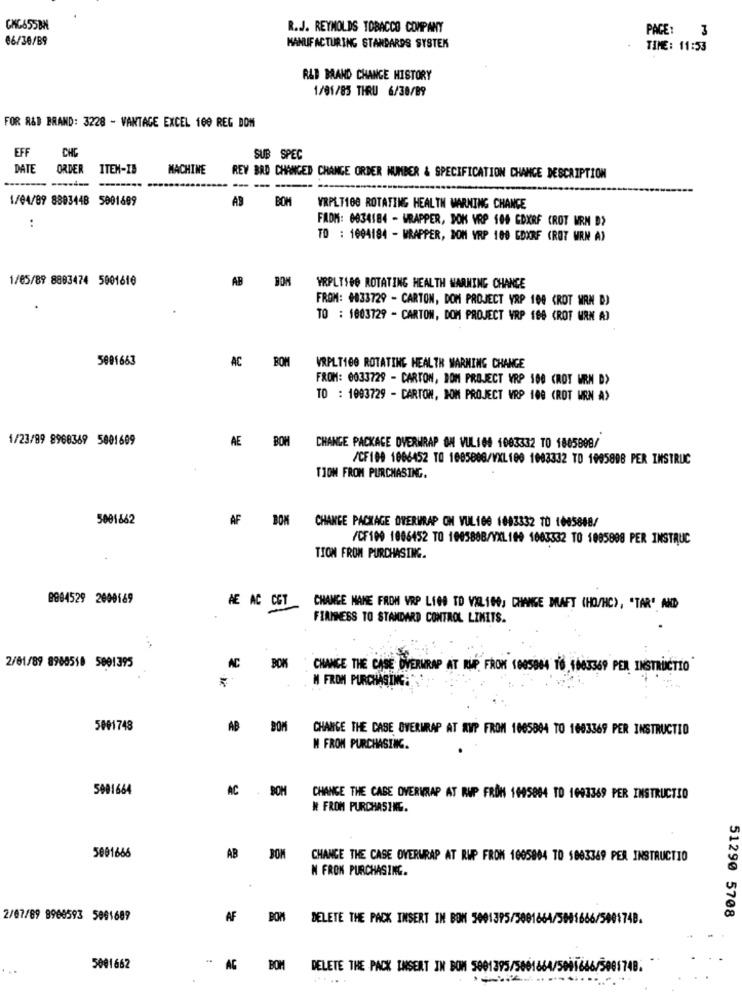
R.J. REYNOLDS TOBACCO COMPANY
PAGE: 3
06/30/B9
MANUFACTURING STANDARDS SYSTEM
TIME: 11:53
R&B MAND CHANGE HISTORY
1/01/85 THRU 6/38/89
FOR R&D BRAND: 3228 - VANTAGE EXCEL 100 REG DOM
EFF
CHE
SUB SPEC
DATE ORDER
ITEM-IB
MACHINE
REY BAD CHANGED CHANGE ORDER NUMBER & SPECIFICATION CHANCE DESCRIPTION
---
1/04/09 8803448 5001699
AB BOM
VRPLT100 ROTATING HEALTH WARNING CHANCE
FADH: 0834184 - WRAPPER, DOK YAP 104 CDXRF CROT WRM D>
:
TO : 1604184 - WRAPPER, BOM YRP 100 EDXRF (ROT WRN A)
1/05/89 8893474 5001610
AB
BOM
YRPLTSB0 ROTATING HEALTH WARNING CHANGE
FROM: #833729 - CARTON, DOM PROJECT YRP 100 (ROT MAN D)
TO : 1803729 - CARTON, DOM PROJECT VRP 198 (ROT MAN A)
5001663
AC BOM
VRPLT100 ROTATING HEALTH WARNING CHANGE
FROM: 0033729 - CARTON, BOM PROJECT VRP 100 (ROT URN D>
TO : 1093729 - CARTON, POM PROJECT VRP 100 (ROT MAN A)
1/23/89 8968369 5001609
AE BOM
CHANGE PACKAGE OVERWRAP ON VUL:04 1003332 TO 1805808/
/CF100 1066452 TO 1085808/VXL100 1003332 TO 1095808 PER INSTRUC
TIOM FROM PURCHASING.
5001862
AF BON
CHANCE PACKAGE OVERWRAP ON VUL100 1083332 TO 1005888/
/CF100 1006452 TO 100588B/YXL100 1063332 TO 1085808 PER INSTRUC
TION FROM PURCHASING.
0894529 2000169
AE AC CET CHANGE NAME FROM VRP LIGS TO VXL100; CHANGE MAFT (HO/HC), "TAR' AND
FIRMNESS TO STANDARD CONTROL LIMITS.
2/01/89 8960510 5801395
AC
CHANCE THE CASE OVERWRAP AT RUP, FROM 1005964 TS, 1003369 PER INSTRUCTIO'
M FROM PURCHASING ...
5001748
AB BOM
CHANGE THE CASE OVERWRAP AT AVP FROM 1065804 TO 1003369 PER INSTRUCTIO
M FROM PURCHASING.
5001664
C- BOM
CHANGE THE CASE OVERVRAP AT RUP FRON 1095894 TD 1093369 PER INSTRUCTSO
# FROM PURCHASING.
5001666
AB BOM
CHANGE THE CASE OVERWRAP AT RUP FROM 1005004 TO 5003369 PER INSTRUCTIO
N FROK PURCHASING.
2/07/89 8966593 5091689
AF
BOM
DELETE THE PACK INSERT IN BON 5001395/5001664/5
51290 5708
5001662
** AC
BOM
DELETE THE PACK INSERT IN BOM 5001395/5601864/5091666/500174B.